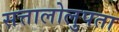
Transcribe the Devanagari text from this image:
सत्तालोलुपता